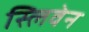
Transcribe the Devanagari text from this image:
स्लिवेन